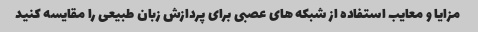
مزایا و معایب استفاده از شبکه های عصبی برای پردازش زبان طبیعی را مقایسه کنید